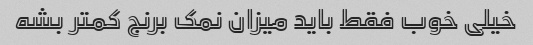
خیلی خوب فقط باید میزان نمک برنج کمتر بشه